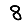
Digit: 8